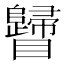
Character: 𥍁